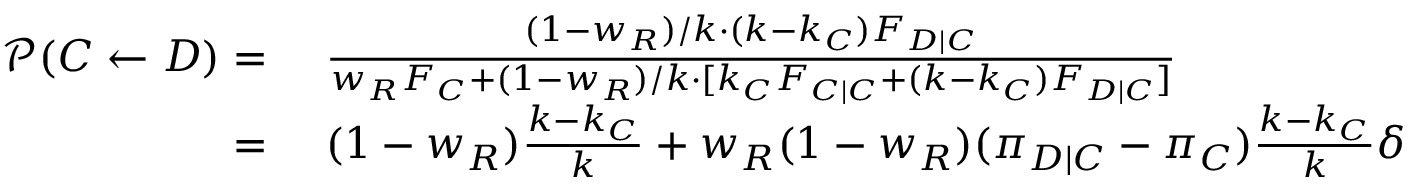
\begin{array} { r l } { \mathcal { P } ( C \gets D ) = } & { { } ~ \frac { ( 1 - w _ { R } ) / k \cdot ( k - k _ { C } ) F _ { D | C } } { w _ { R } F _ { C } + ( 1 - w _ { R } ) / k \cdot [ k _ { C } F _ { C | C } + ( k - k _ { C } ) F _ { D | C } ] } } \\ { = } & { { } ~ ( 1 - w _ { R } ) \frac { k - k _ { C } } { k } + w _ { R } ( 1 - w _ { R } ) ( \pi _ { D | C } - \pi _ { C } ) \frac { k - k _ { C } } { k } \delta } \end{array}